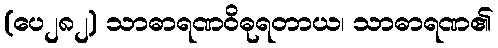
(ပေ၂၈၂) သာဓာရဏဝိဓုရတာယ၊ သာဓာရဏ၏